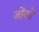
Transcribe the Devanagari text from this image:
जोंकों